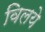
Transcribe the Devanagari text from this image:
विलये